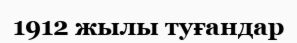
1912 жылы туғандар